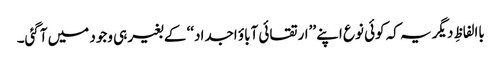
باالفاظِ دیگر یہ کہ کوئی نوع اپنے ’’ارتقائی آباؤ اجداد‘‘ کے بغیر ہی وجود میں آگئی۔